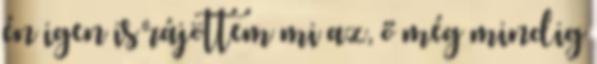
én igen is rájöttem mi az, ő még mindig